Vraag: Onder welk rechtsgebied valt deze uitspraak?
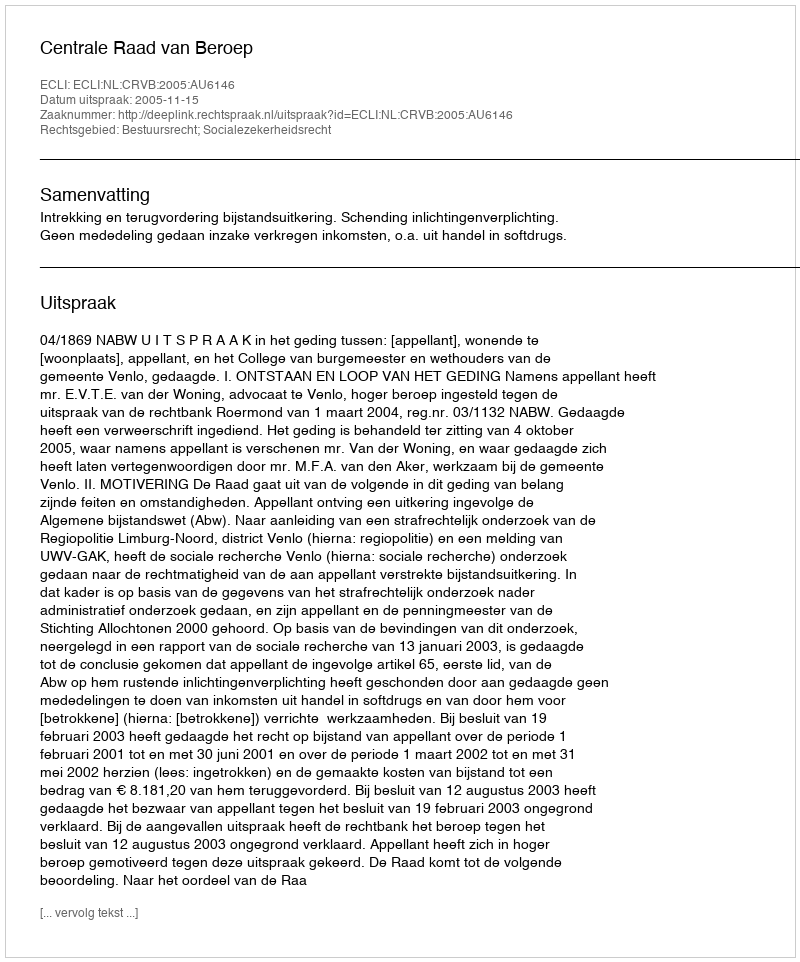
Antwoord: Bestuursrecht; Socialezekerheidsrecht